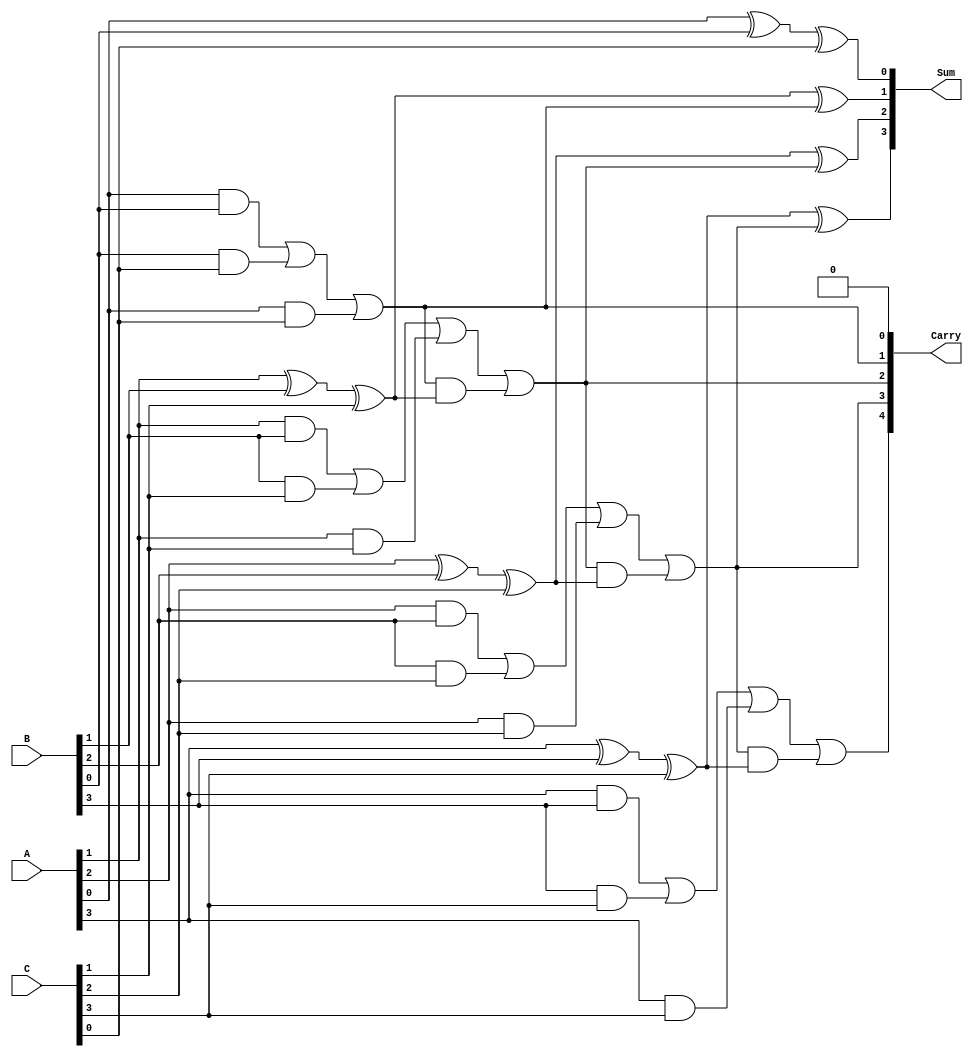
module RippleCarrySaveAdder #(
    parameter N = 4  // Width of the inputs
)(
    input  [N-1:0] A,  // First input operand
    input  [N-1:0] B,  // Second input operand
    input  [N-1:0] C,  // Third input operand
    output [N-1:0] Sum, // Sum output
    output [N:0]   Carry // Carry output (N+1 bits to handle final carry)
);

    // Internal signals for carry and sum
    wire [N:0] carry; // Carry bits for each stage
    wire [N-1:0] sum; // Sum bits for each stage

    // Assign the first carry-in as 0
    assign carry[0] = 1'b0;

    // Generate full adders for each bit
    genvar i;
    generate
        for (i = 0; i < N; i = i + 1) begin : full_adder
            // Full adder logic
            assign sum[i] = A[i] ^ B[i] ^ C[i] ^ carry[i]; // Sum bit
            assign carry[i + 1] = (A[i] & B[i]) | (B[i] & C[i]) | (A[i] & C[i]) | (carry[i] & (A[i] ^ B[i] ^ C[i])); // Carry out
        end
    endgenerate

    // Assign the outputs
    assign Sum = sum;
    assign Carry = carry;

endmodule